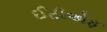
ઈટીએફ